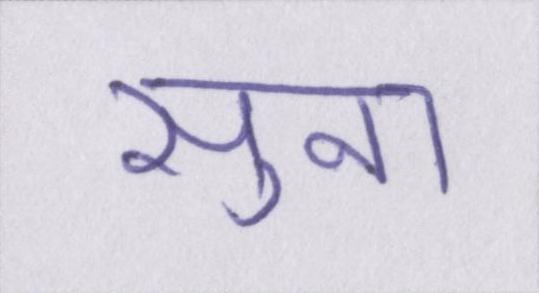
सुना